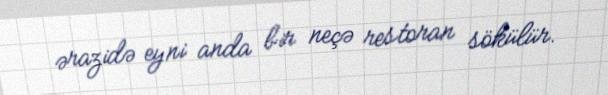
ərazidə eyni anda bir neçə restoran sökülür.